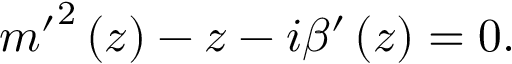
{ m ^ { \prime } } ^ { 2 } \left( z \right) - z - i \beta ^ { \prime } \left( z \right) = 0 .